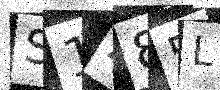
Text: S1Z85L